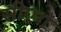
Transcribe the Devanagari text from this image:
सीएरा